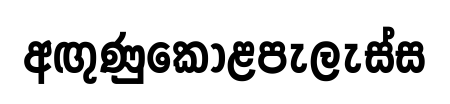
අඟුණුකොළපැලැස්ස